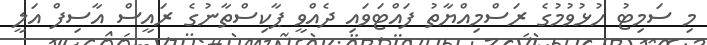
މި ސަމިޓު ހުޅުވުމުގެ ރަސްމިއްޔާތު ފައްޓަވައި ދެއްވީ ޕާކިސްތާނުގެ ރައީސް އާސިފް އަލީ